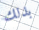
بذلك